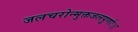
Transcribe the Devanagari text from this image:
जलचरोन्मुक्तजलपूर्णाः।।